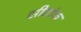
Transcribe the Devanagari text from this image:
सीतांक